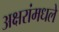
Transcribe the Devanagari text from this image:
अक्षरांमधले